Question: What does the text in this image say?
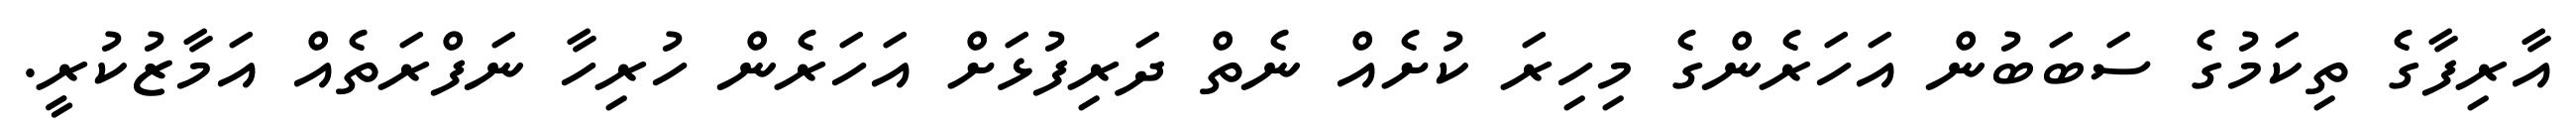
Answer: އާރިފާގެ ތިކަމުގެ ސަބަބުން އަހަރެންގެ މިހިރަ ކުށެއް ނެތް ދަރިފުޅަށް އަހަރެން ހުރިހާ ނަފްރަތެއް އަމާޒުކުރީ.